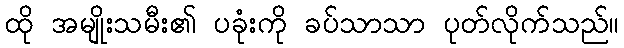
ထို အမျိုးသမီး၏ ပခုံးကို ခပ်သာသာ ပုတ်လိုက်သည်။